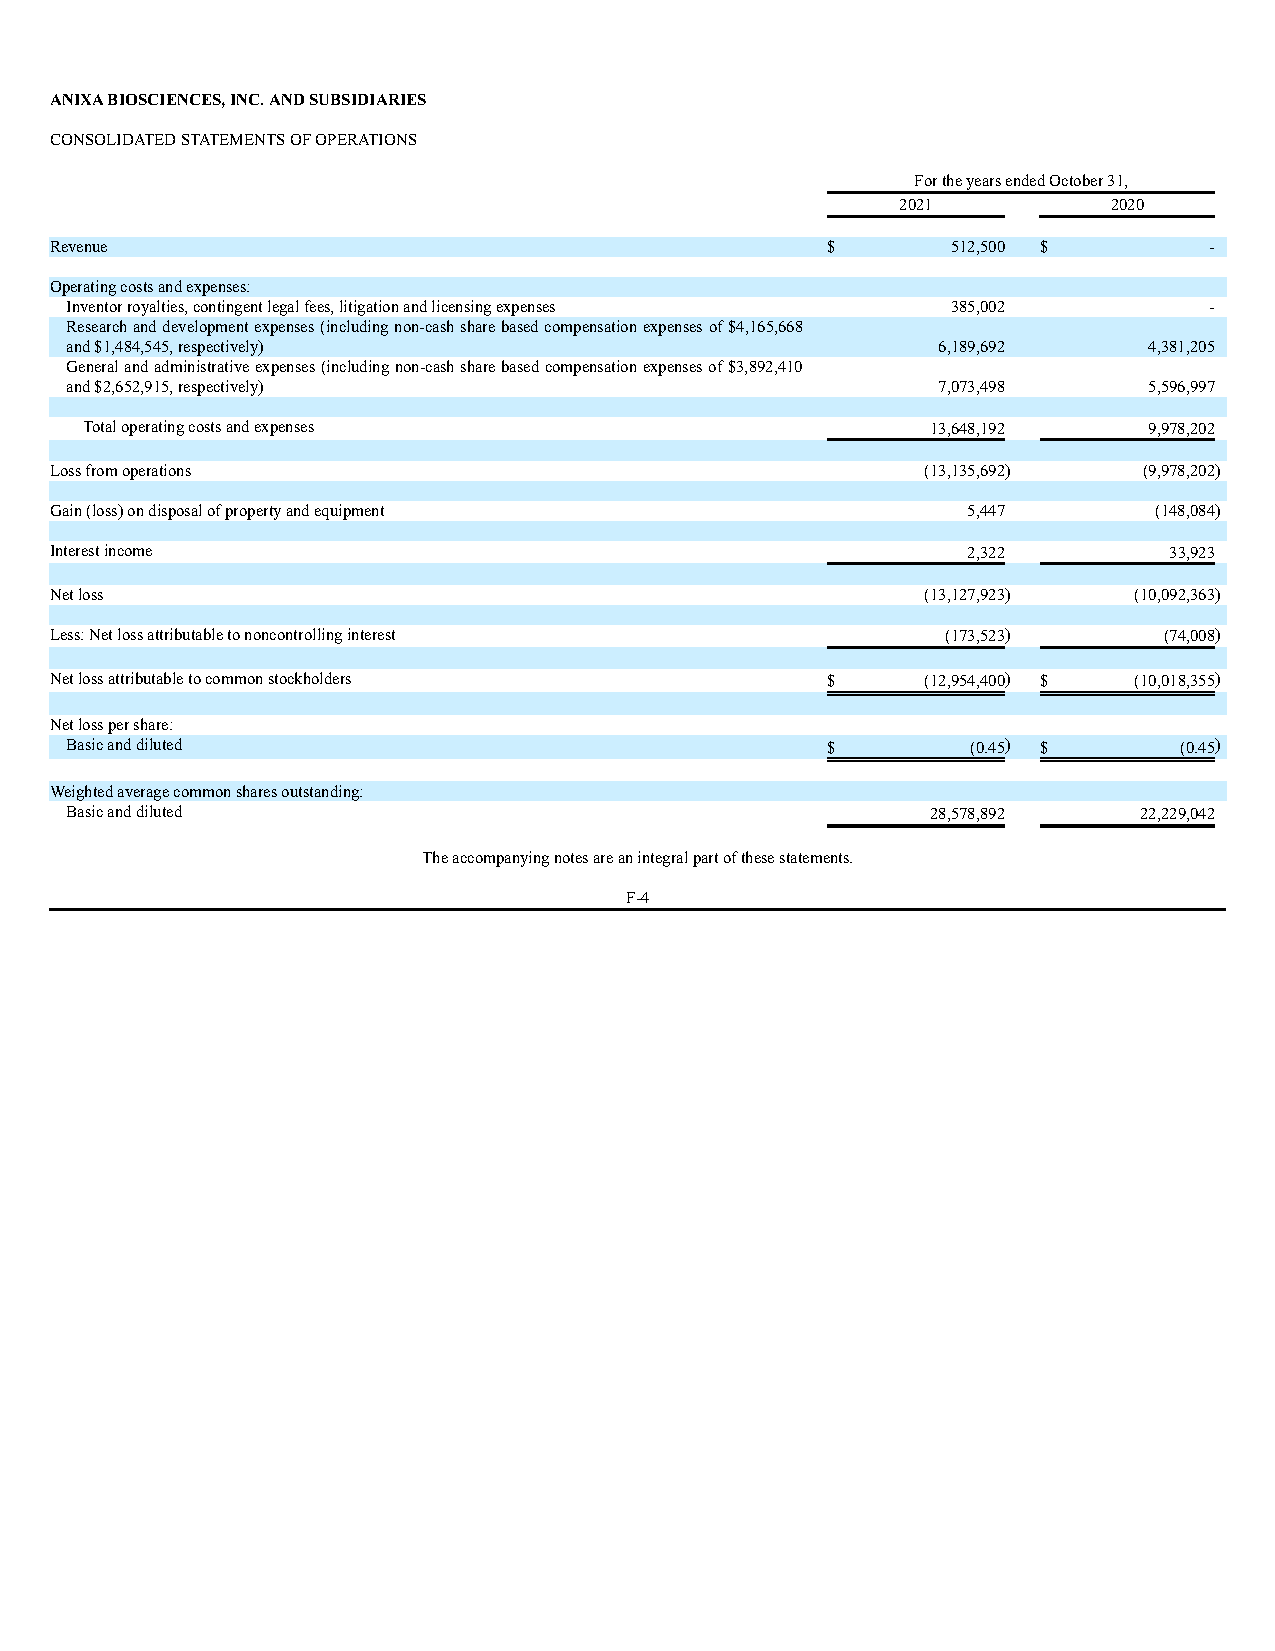
ANIXA BIOSCIENCES, INC. AND SUBSIDIARIES
 CONSOLIDATED STATEMENTS OF OPERATIONS
 For the years ended October 31,
 2021          2020
 Revenue                                             $       512,500 $        -
 Operating costs and expenses:
 Inventor royalties, contingent legal fees, litigation and licensing expenses 385,002 -
 Research and development expenses (including non-cash share based compensation expenses of $4,165,668
 and $1,484,545, respectively)                             6,189,692     4,381,205
 General and administrative expenses (including non-cash share based compensation expenses of $3,892,410
 and $2,652,915, respectively)                             7,073,498     5,596,997
 Total operating costs and expenses                       13,648,192    9,978,202
 Loss from operations                                      (13,135,692)   (9,978,202)
 Gain (loss) on disposal of property and equipment            5,447       (148,084)
 Interest income                                              2,322        33,923
 Net loss                                                  (13,127,923)  (10,092,363)
 Less: Net loss attributable to noncontrolling interest      (173,523)     (74,008)
 Net loss attributable to common stockholders        $     (12,954,400) $ (10,018,355)
 Net loss per share:
 Basic and diluted                                  $        (0.45) $      (0.45)
 Weighted average common shares outstanding:
 Basic and diluted                                         28,578,892   22,229,042
 The accompanying notes are an integral part of these statements.
 F-4